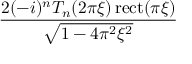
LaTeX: \frac { 2 ( - i ) ^ { n } T _ { n } ( 2 \pi \xi ) \operatorname { r e c t } ( \pi \xi ) } { \sqrt { 1 - 4 \pi ^ { 2 } \xi ^ { 2 } } }